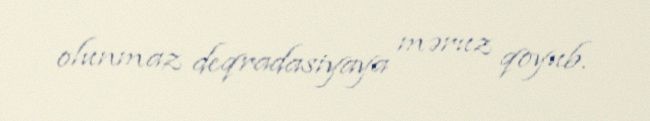
olunmaz deqradasiyaya məruz qoyub.